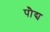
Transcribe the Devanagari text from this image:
पौद्य